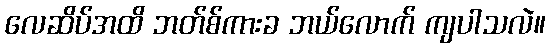
လေဆိပ်အထိ ဘတ်စ်ကားခ ဘယ်လောက် ကျပါသလဲ။